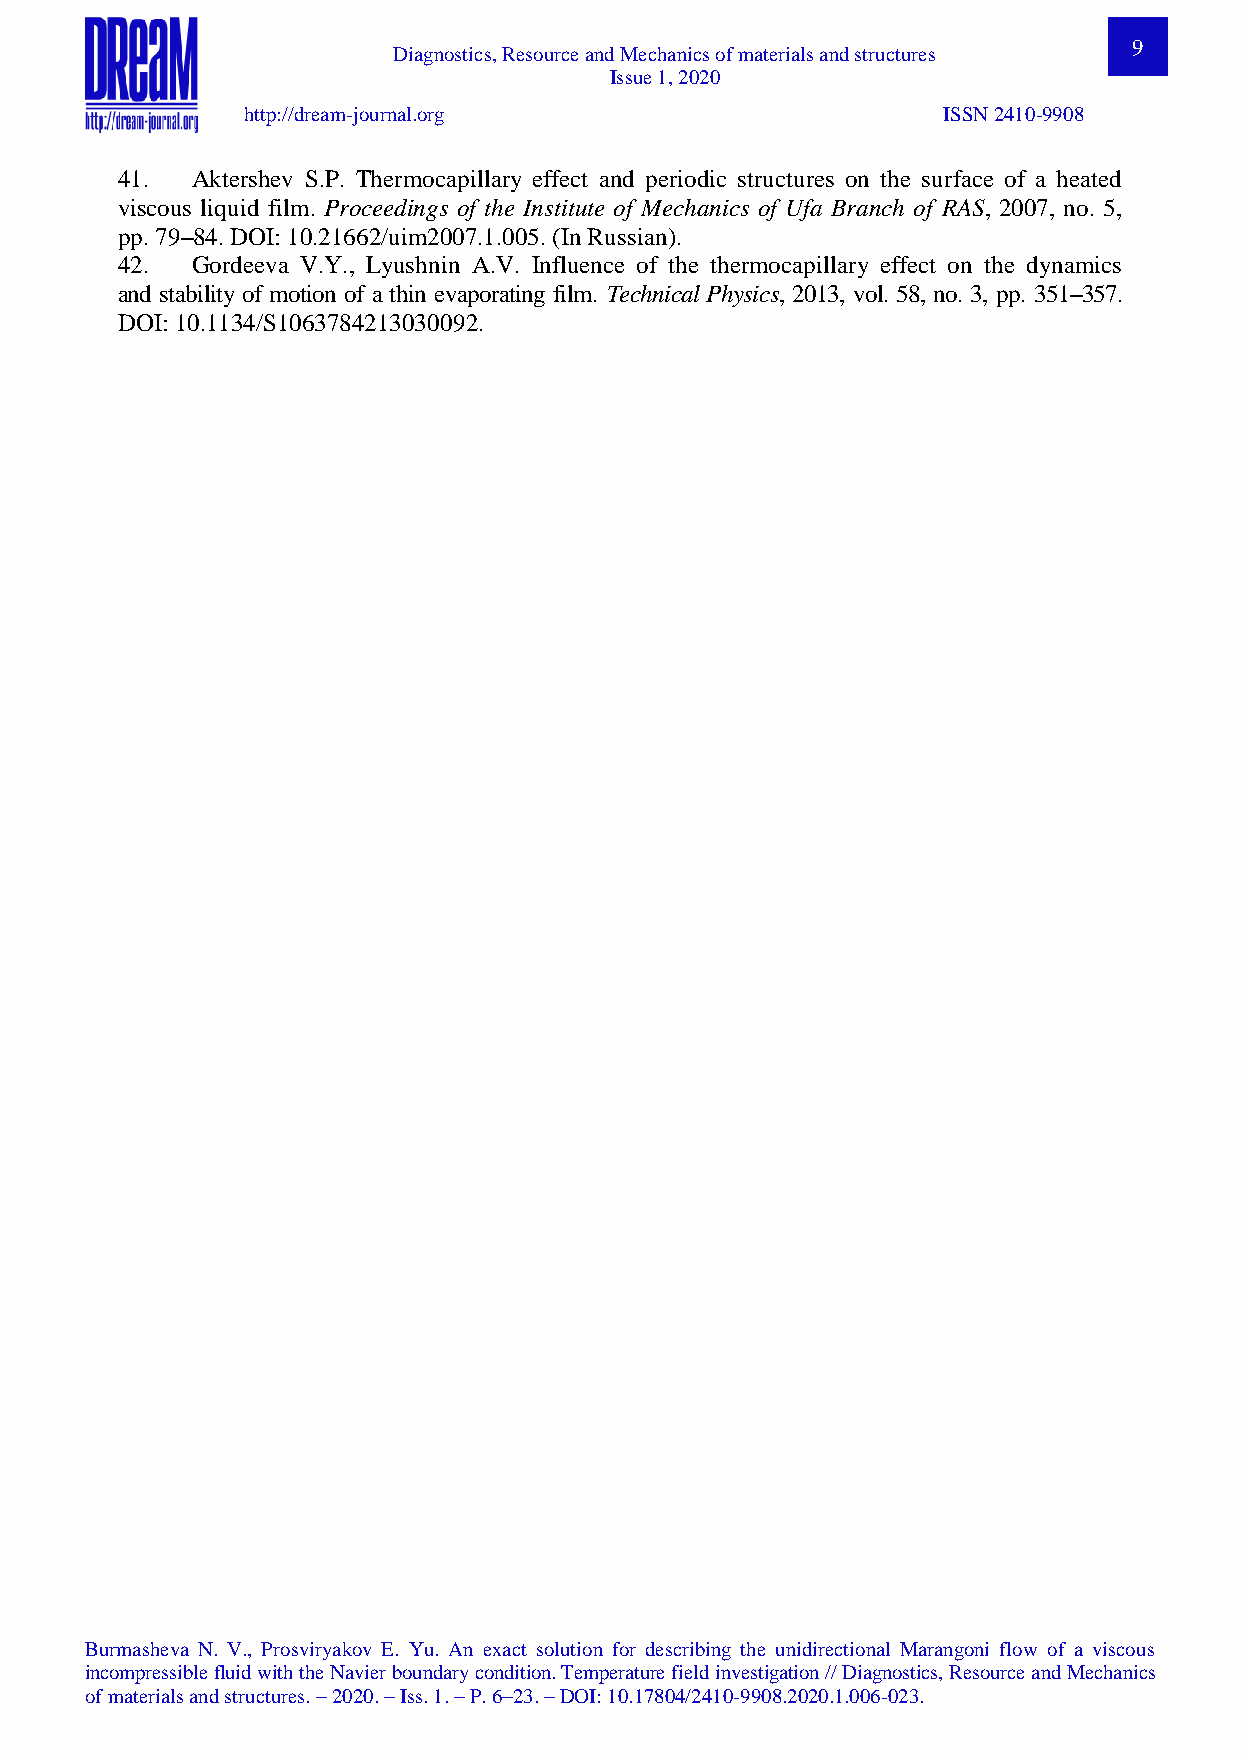
9
 Diagnostics, Resource and Mechanics of materials and structures
 Issue 1, 2020
 http://dream-journal.org                      ISSN 2410-9908
 41.  Aktershev S.P. Thermocapillary effect and periodic structures on the surface of a heated
 viscous liquid film. Proceedings of the Institute of Mechanics of Ufa Branch of RAS, 2007, no. 5,
 pp. 79–84. DOI: 10.21662/uim2007.1.005. (In Russian).
 42.  Gordeeva V.Y., Lyushnin A.V. Influence of the thermocapillary effect on the dynamics
 and stability of motion of a thin evaporating film. Technical Physics, 2013, vol. 58, no. 3, pp. 351–357.
 DOI: 10.1134/S1063784213030092.
 Burmasheva N. V., Prosviryakov E. Yu. An exact solution for describing the unidirectional Marangoni flow of a viscous
 incompressible fluid with the Navier boundary condition. Temperature field investigation // Diagnostics, Resource and Mechanics
 of materials and structures. – 2020. – Iss. 1. – P. 6–23. – DOI: 10.17804/2410-9908.2020.1.006-023.